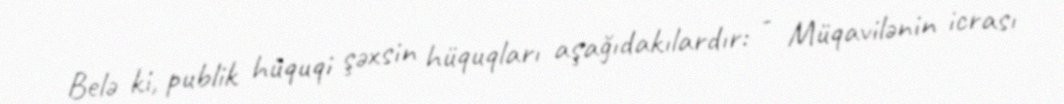
Belə ki, publik hüquqi şəxsin hüquqları aşağıdakılardır: - Müqavilənin icrası